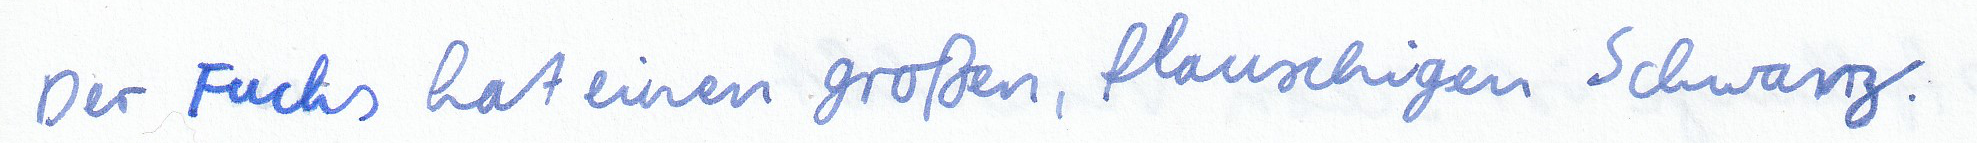
Der Fuchs hat einen großen, flauschigen Schwanz.